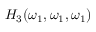
H _ { 3 } ( \omega _ { 1 } , \omega _ { 1 } , \omega _ { 1 } )